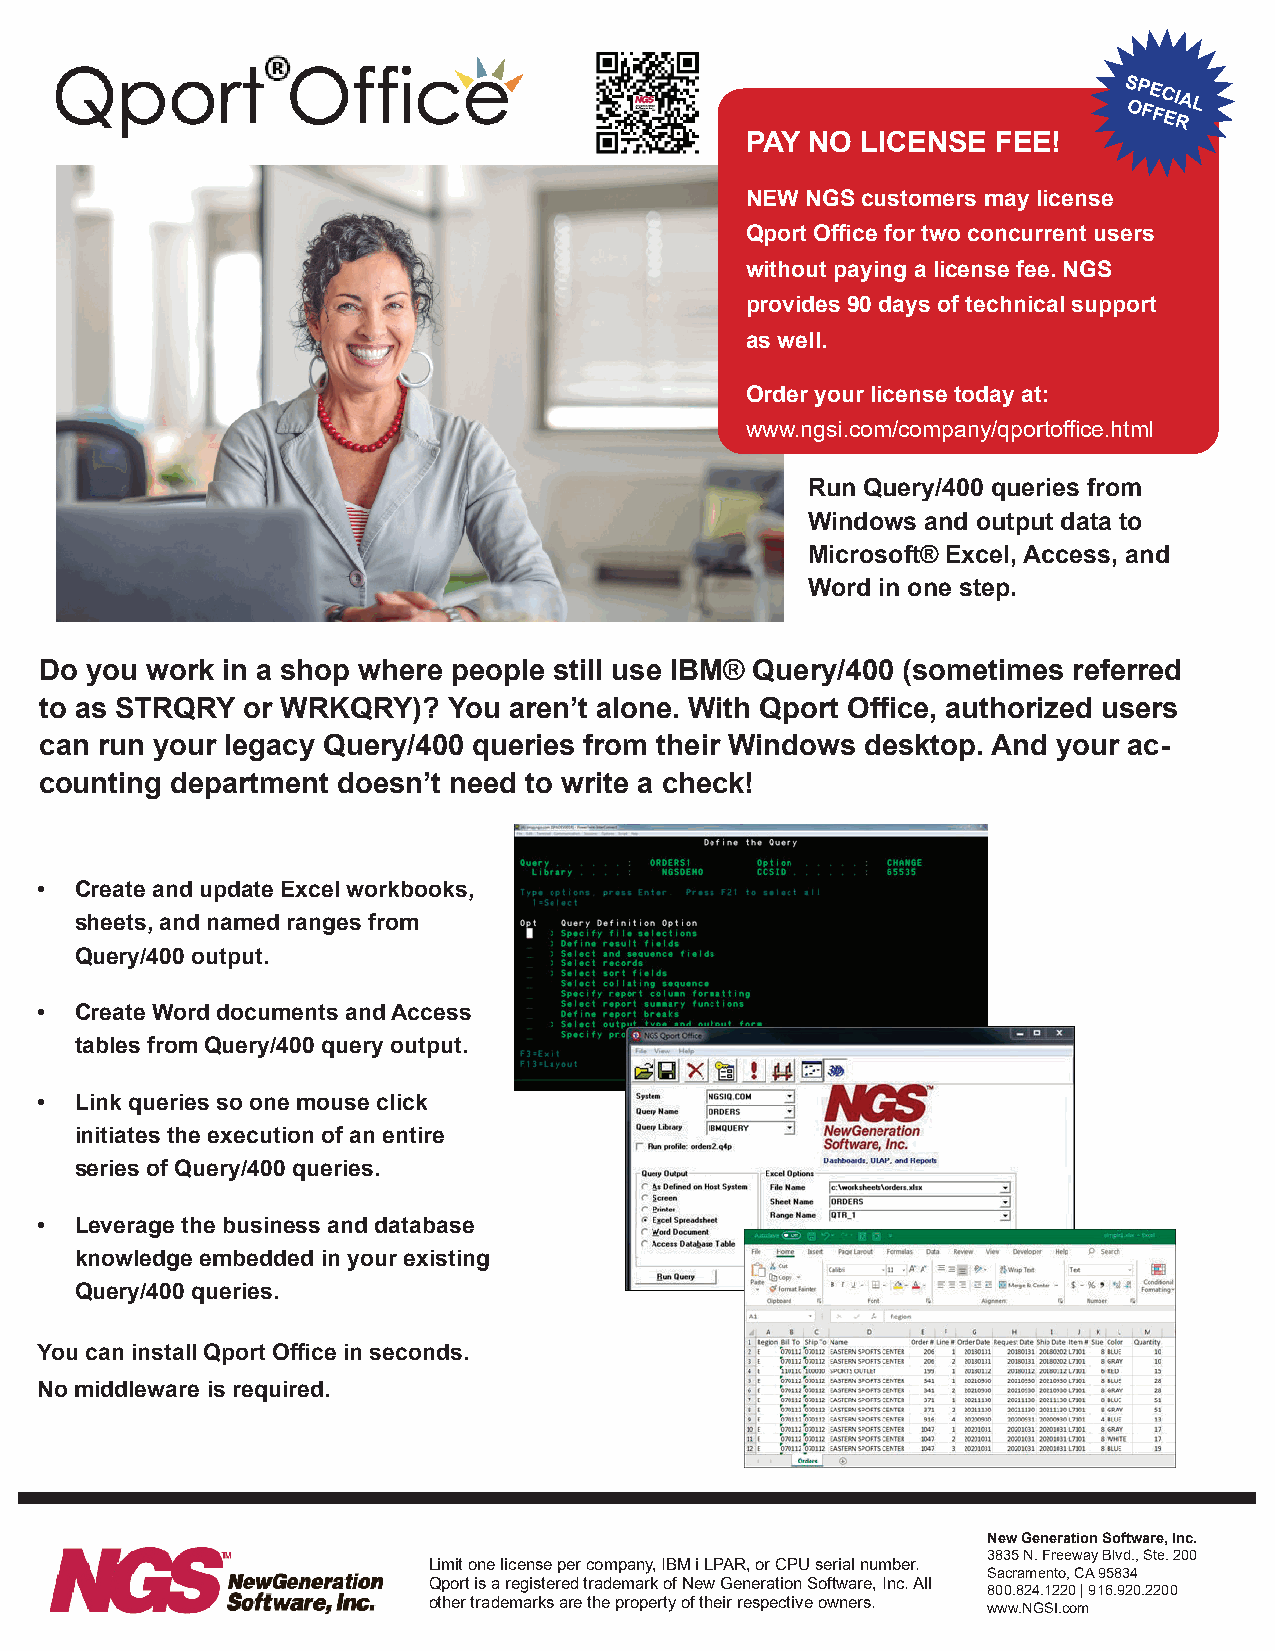
S OP FE FC EI RAL
 PAY  NO LICENSE  FEE!
 NEW NGS customers may license
 Qport Office for two concurrent users
 without paying a license fee. NGS
 provides 90 days of technical support
 as well.
 Order your license today at:
 www.ngsi.com/company/qportoffice.html
 Run Query/400 queries from
 Windows and output data to
 Microsoft® Excel, Access, and
 Word in one step.
 Do you work in a shop where people still use IBM® Query/400 (sometimes referred
 to as STRQRY or WRKQRY)?   You aren’t alone. With Qport Office, authorized users
 can run your legacy Query/400 queries from their Windows desktop. And your ac-
 counting department doesn’t need to write a check!
 •  Create and update Excel workbooks,
 sheets, and named ranges from
 Query/400 output.
 •  Create Word documents and Access
 tables from Query/400 query output.
 •  Link queries so one mouse click
 initiates the execution of an entire
 series of Query/400 queries.
 •  Leverage the business and database
 knowledge embedded in your existing
 Query/400 queries.
 You can install Qport Office in seconds.
 No middleware is required.
 New Generation Software, Inc.
 3835 N. Freeway Blvd., Ste. 200
 Limit one license per company, IBM i LPAR, or CPU serial number.
 Sacramento, CA 95834
 Qport is a registered trademark of New Generation Software, Inc. All
 800.824.1220 | 916.920.2200
 other trademarks are the property of their respective owners.
 www.NGSI.com